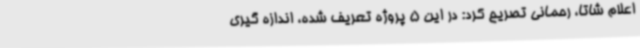
اعلام شاتا، رحمانی تصریح کرد: در این 5 پروژه تعریف شده، اندازه گیری